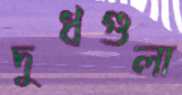
দুধগুলা